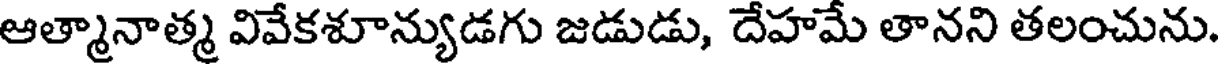
ఆత్మానాత్మ వివేకశూన్యుడగు జడుడు, దేహమే తానని తలంచును.